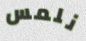
نلمس